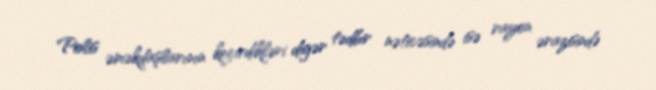
Polis əməkdaşlarının keçirdikləri digər tədbir nəticəsində isə rayon ərazisində